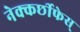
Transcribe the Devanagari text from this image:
नेक्कर्छीफेस्